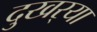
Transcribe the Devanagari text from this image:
दुखर्‍या